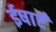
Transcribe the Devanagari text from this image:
ईषाएँ